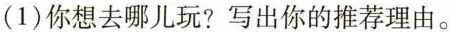
(1)你想去哪儿玩?写出你的推荐理由。